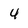
Character: 4